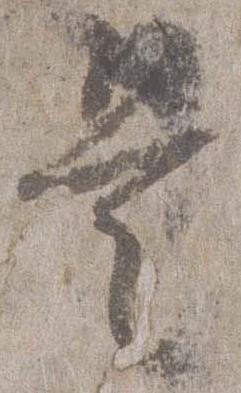
是